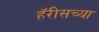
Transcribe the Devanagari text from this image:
हॅरीसच्या